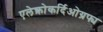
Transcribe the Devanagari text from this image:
एलेक्त्रोकर्दिओग्रफ्य